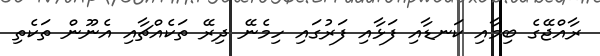
ރާއްޖޭގެ ބިމާއި ކަނޑާއި ފަޅާއި ފަރުގައި ހިމެނޭ ދިރޭ ތަކެއްޗާއި އެނޫން ތަކެތި